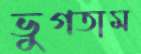
ভুগতাম